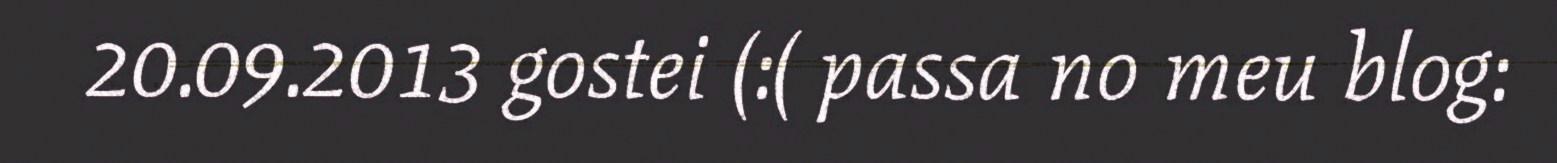
20.09.2013 gostei (:( passa no meu blog: